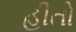
હીતો